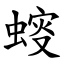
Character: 䗏